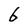
Character: 6